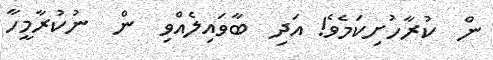
ން  ކުރާހުށިކަމެވެ! އަދި  ބާވައިލެއްވި  ން  ނުކުރާމީހާ